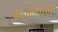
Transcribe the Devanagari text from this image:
पचनेवाली